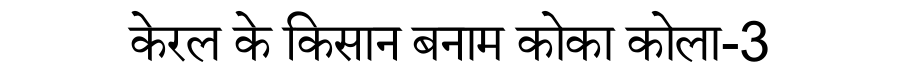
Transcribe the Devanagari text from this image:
केरल के किसान बनाम कोका कोला-3